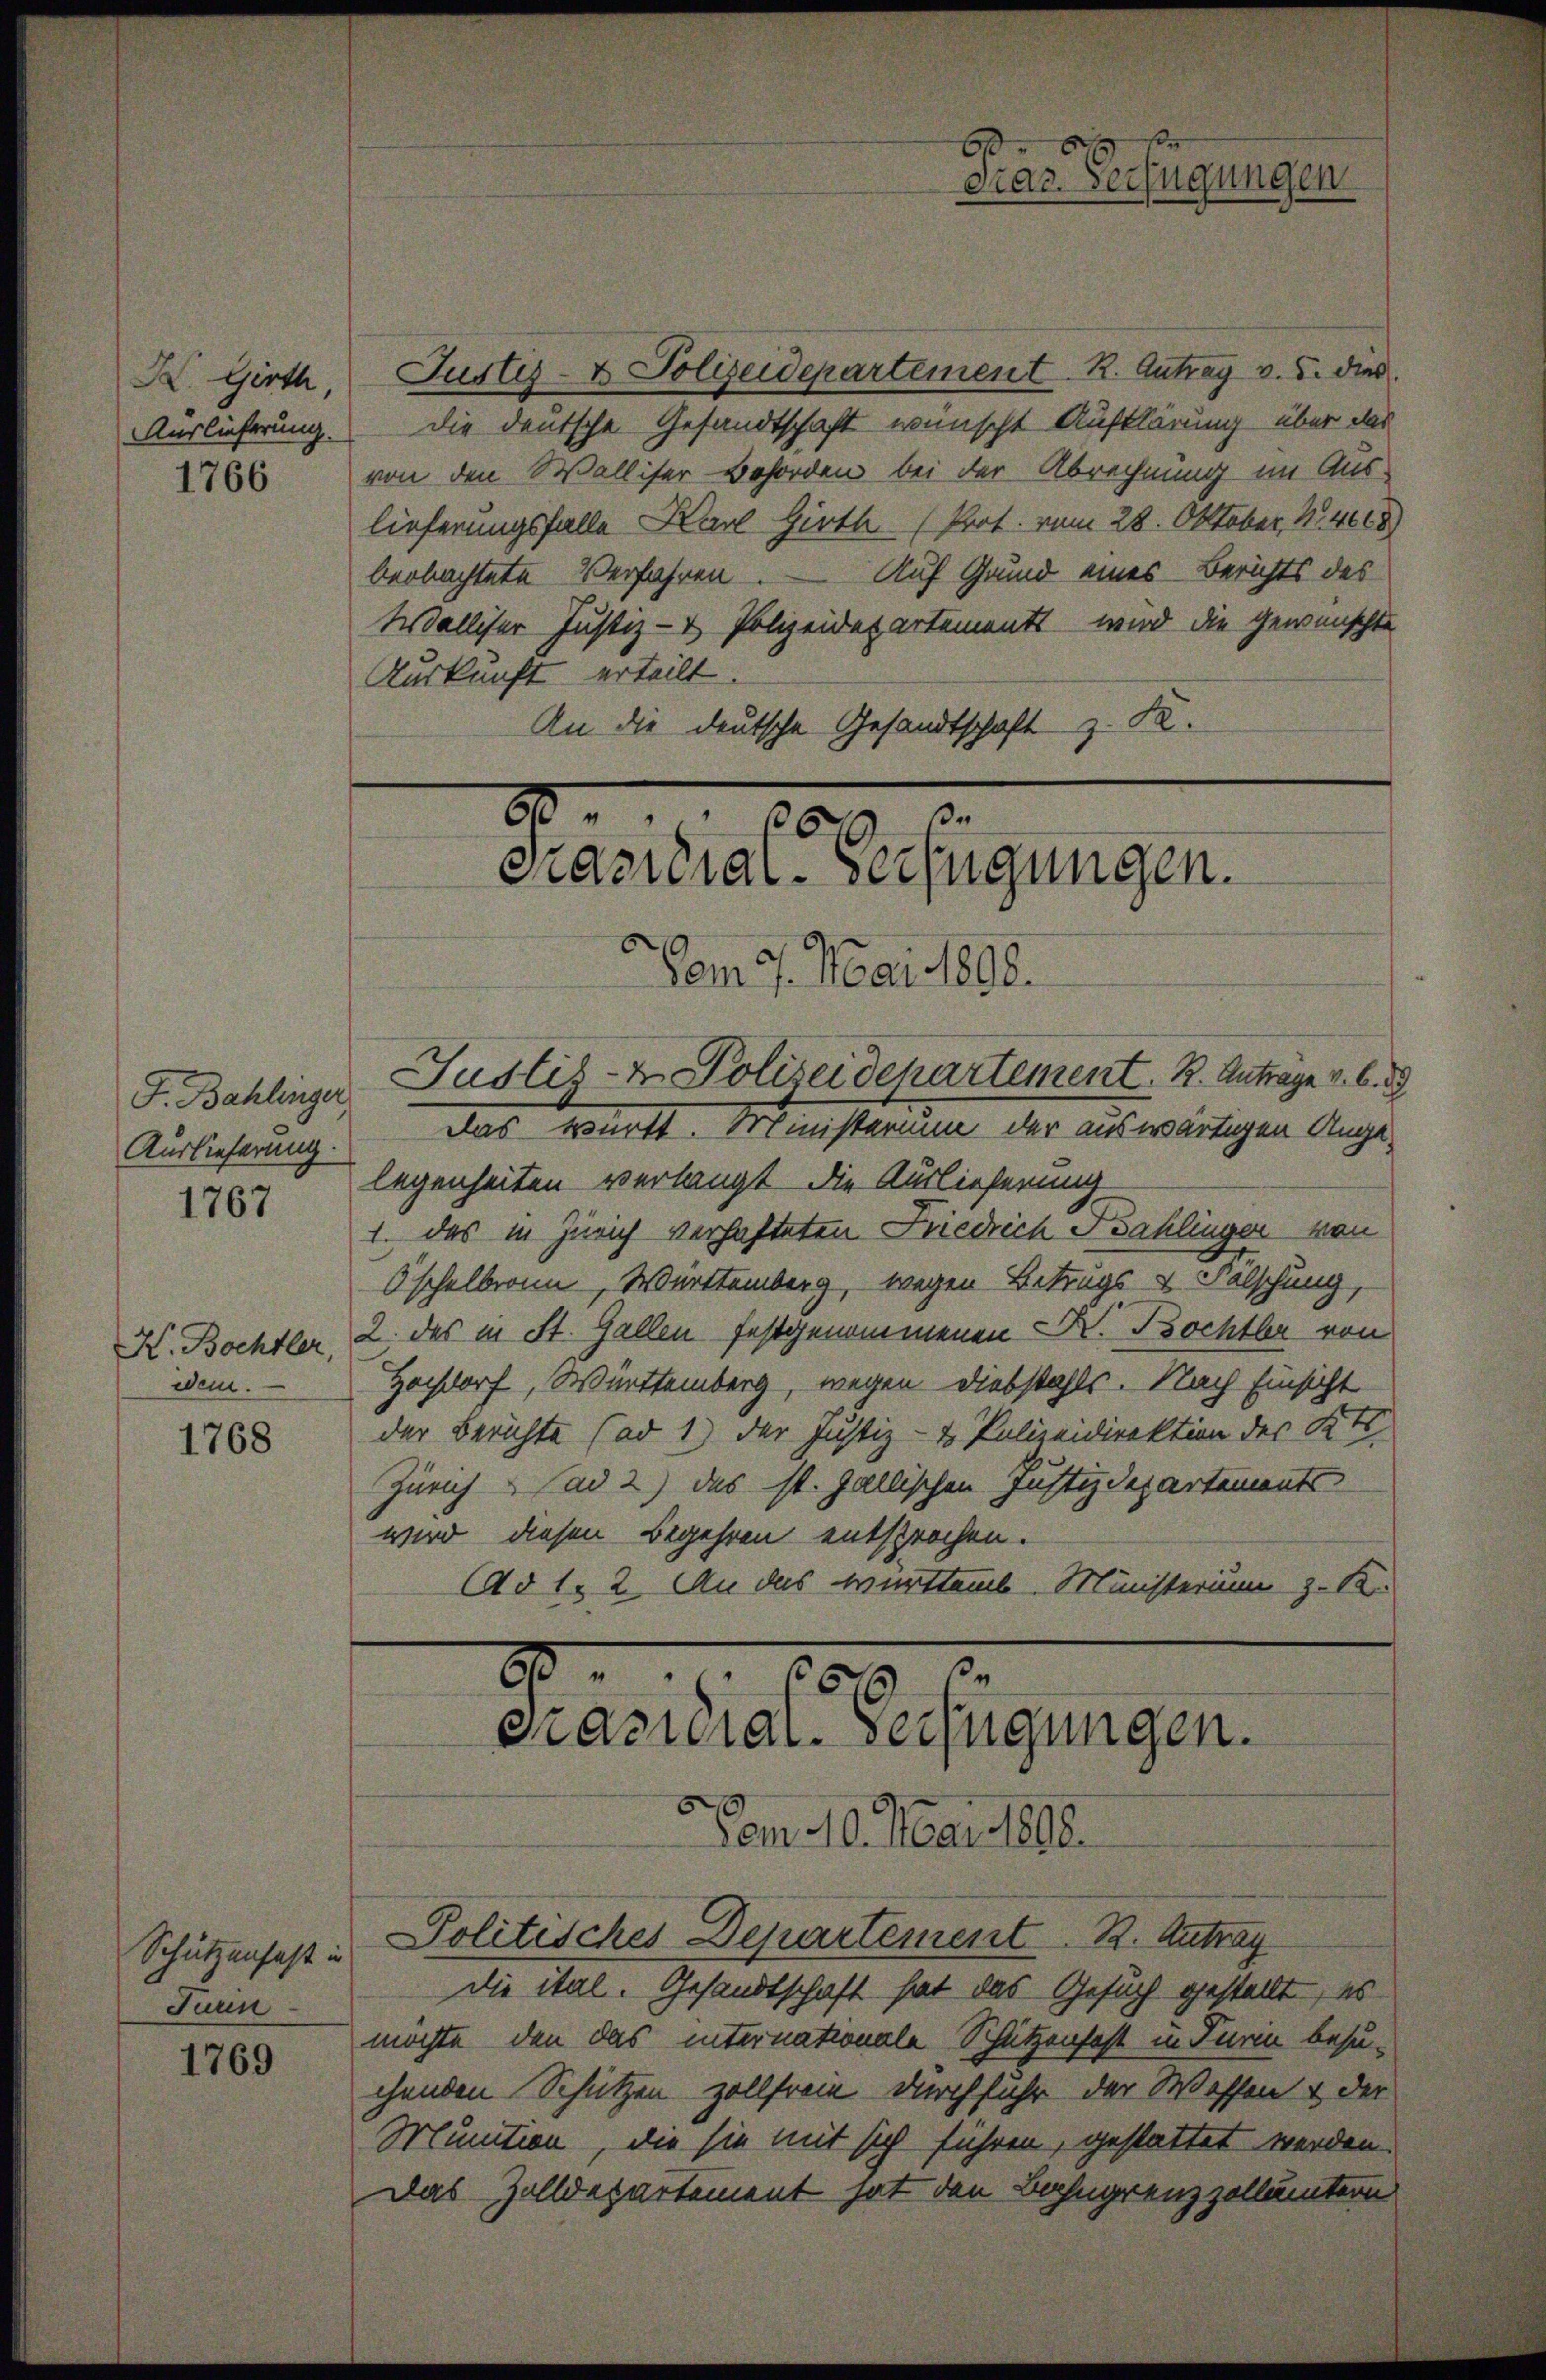
H. Girth,
1766

F. Bahlinger,
Auslieferung.

1767

K. Bochsler,
wei.

1768

Schützenhaft in
Junn

1769

Justiz- & Polizeidepartement. R. Antrag v. u. dies
Auslieferung. Die deutsche Gesandtschaft wünscht Aufklärung über das
von den Walliser Behörden bei der Abrechnung im Aus-
lieferungsfalle Karl Hirth (Prot. vom 28. Oktober, 14668)
beobachtete Verfahren. Auf Grund eines Berichts des
Walliser Justiz- & Polizeidepartements wird die gewünschte
Auskunft erteilt.
An die deutsche Gesandtschaft z. K.

90.
3
6
cameral-Verfügungen.
Vom 9. Mai 1898.

n
G. 100
Prasuial-Verfügungen.
om 10. Mai 1898
Politisches Departement K. Antrag

cias Verfügungen

Justiz- & Polizeidepartement. K. Antrage v. 6.

das württ. Ministerium der auswärtigen Ange-
legenheiten verlangt die Auslieferung
1. das in Zürich verhafteten Friedrich Bahlinger von
Öschelbronn, Württemberg, wegen Betrugs u Falschung,
2. das in St. Gallen festgenommenen Dr. Bochtbar von
Hochdorf, Württemberg, wegen Diebstahls. Nach Einsicht
der Berichte (ad 1) der Justiz- & Polizeidirektion des Kt
Zürich ad 2) das st. gallischen Justizdepartements
wird diesen Begehren entsprochen.
Ad 1. 2. An das württemb. Ministerium z. B.

die ital. Gesandtschaft hat das Gesuch gestellt, es
möchte, den das internationale Schützenhaft in Turin besuchenden Schützen zollfreie durchfuhr der Wassen & der
Munition, die sie mit sich führen, gestattet werden.
Das Zolldepartement hat den Bahngrenzzollämtern